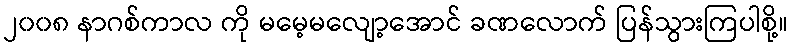
၂၀၀၈ နာဂစ်ကာလ ကို မမေ့မလျော့အောင် ခဏလောက် ပြန်သွားကြပါစို့။